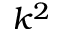
k ^ { 2 }